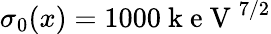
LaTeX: \sigma_{0}(x)=1000\mathrm{~k~e~V~}^{7/2}